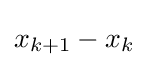
x_{k+1}-x_{k}